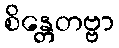
စိန္တေတဗ္ဗာ